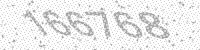
Solution: 166768